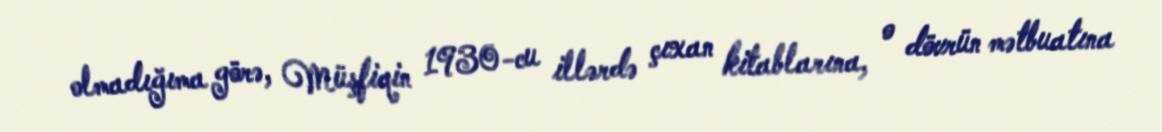
olmadığıma görə, Müşfiqin 1930-cu illərdə çıxan kitablarına, o dövrün mətbuatına